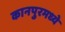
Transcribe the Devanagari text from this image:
कानपुरमध्ये